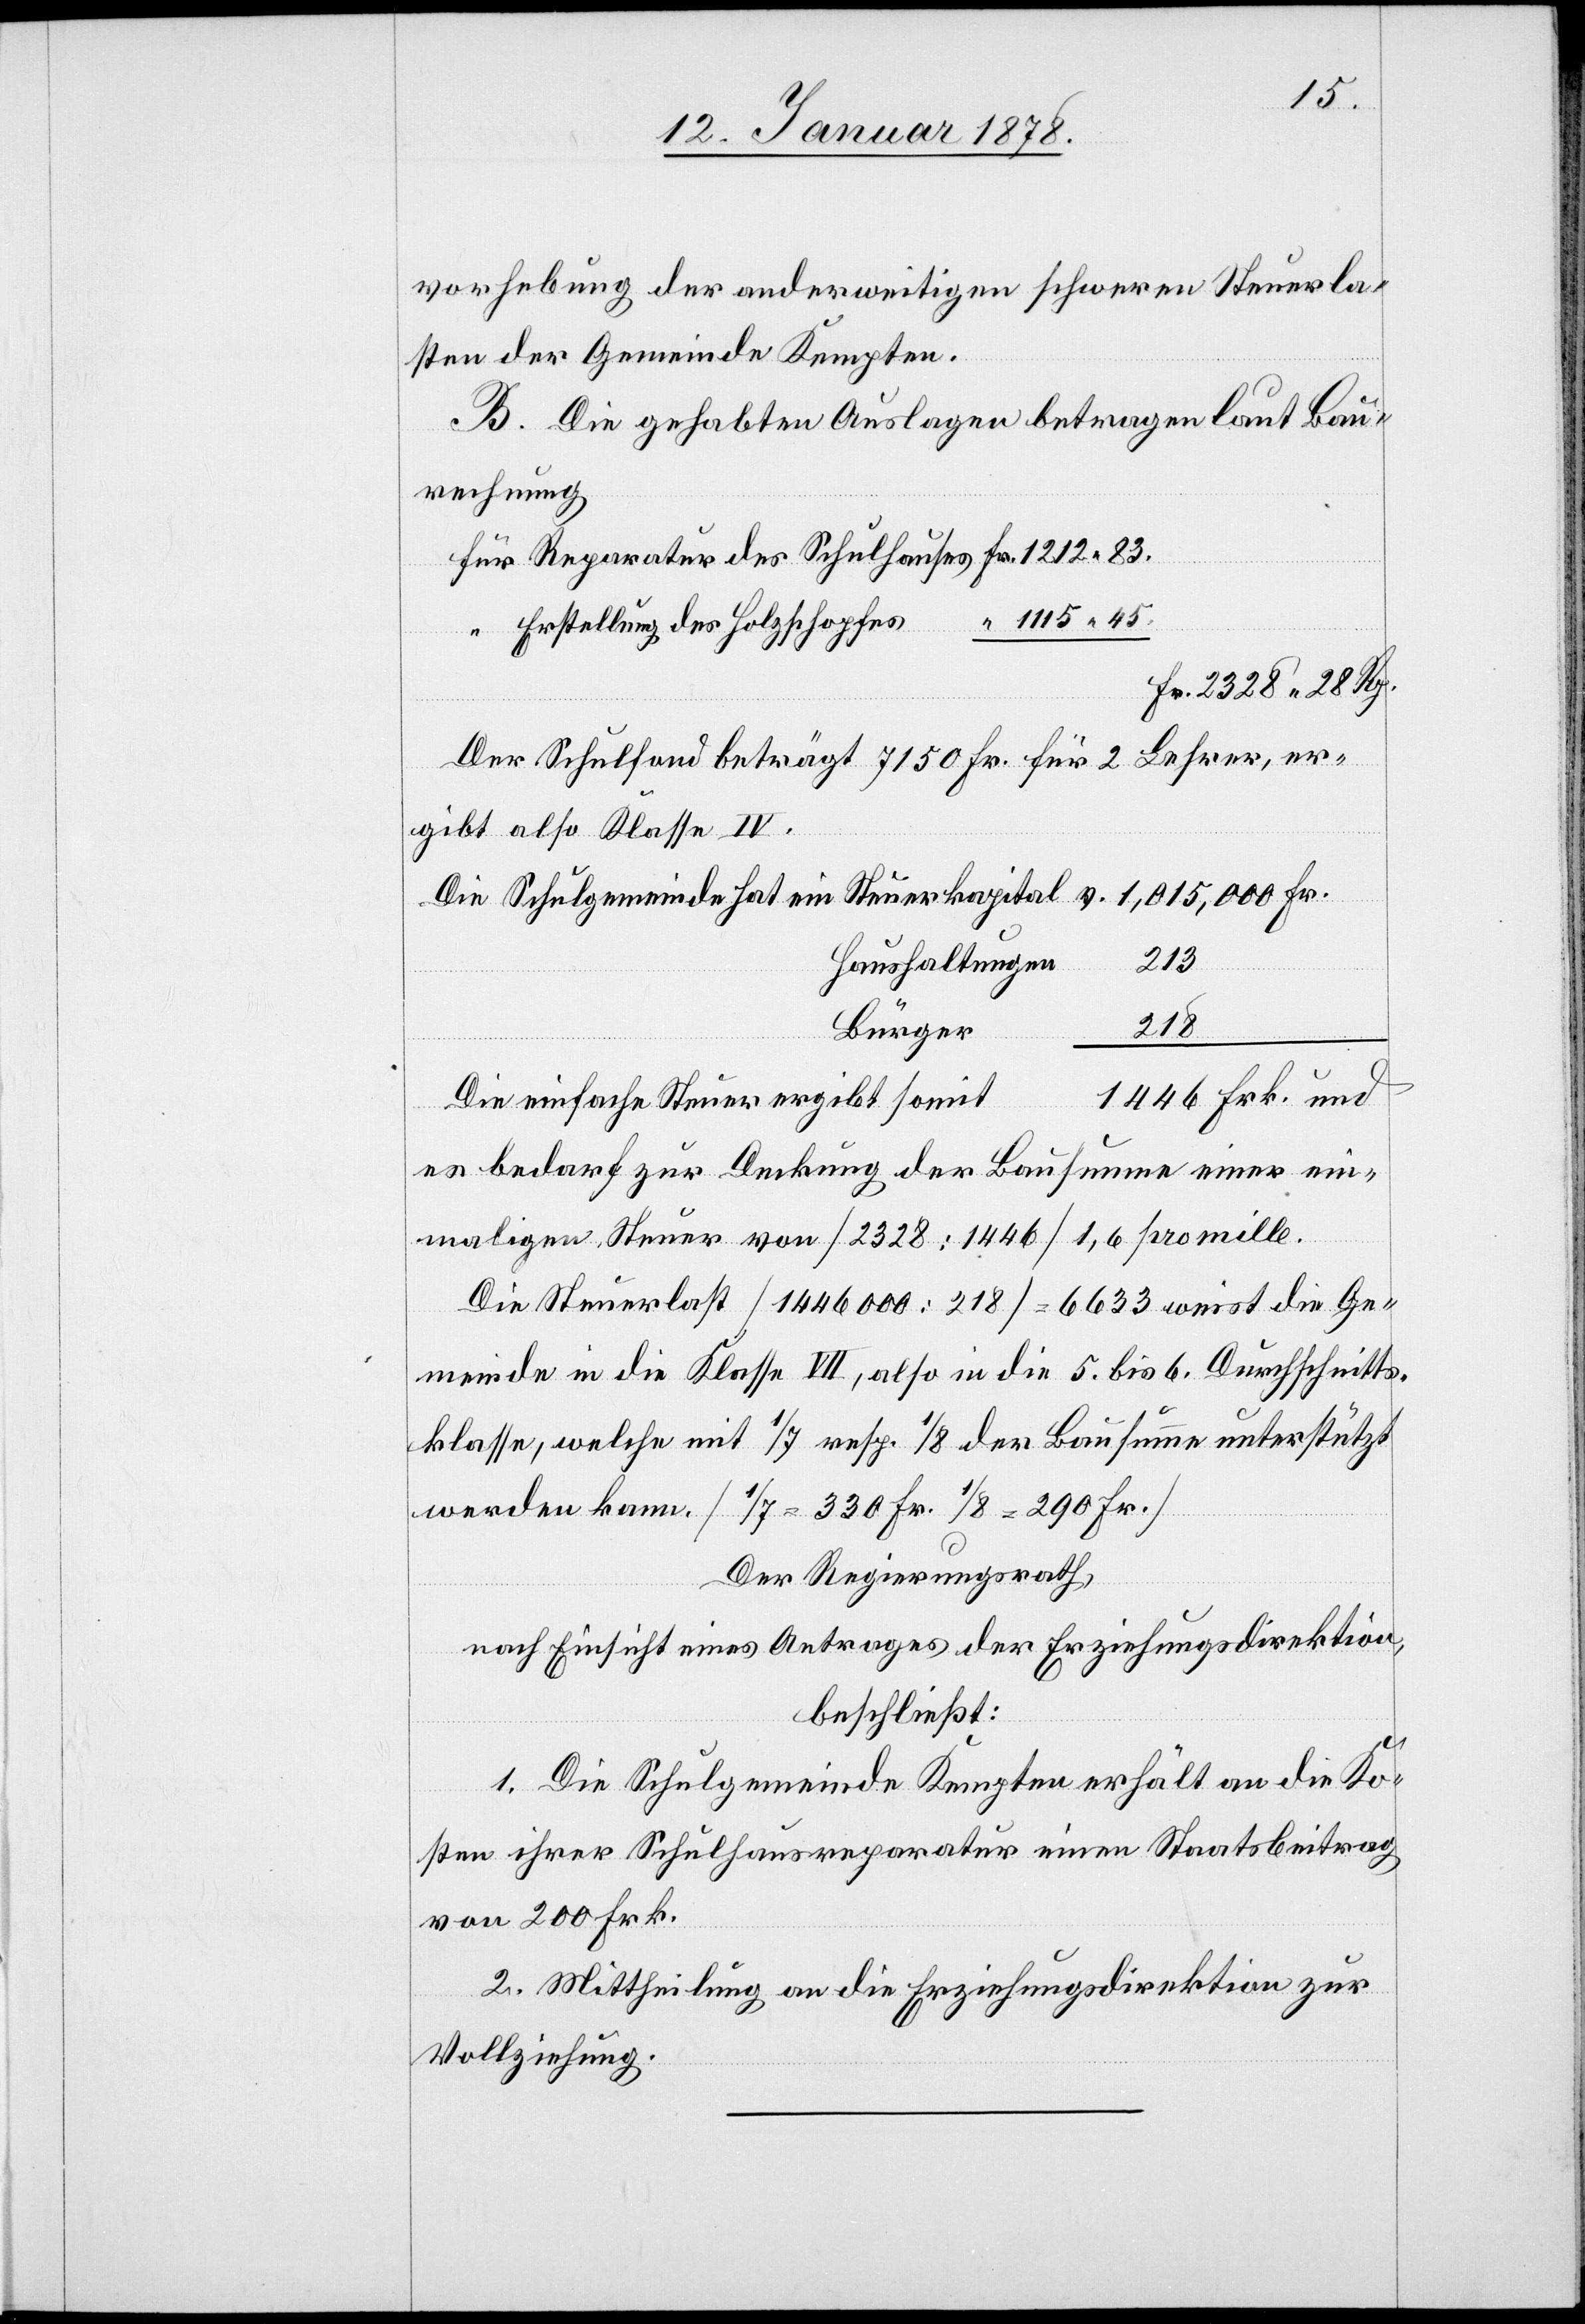
vorhebung der anderweitigen schweren Steuerla¬
sten der Gemeinde Kempten.
B. Die gehabten Auslagen betragen laut Bau¬
rechnung
kan¬
für Reparatur des Schulhauses Fr. 1212.83.
“ Erstellung des Holzschopfes “ 1115.45.
Fr. 2 328. 28 Rp.
Der Schulfond beträgt 7150 Fr. für 2 Lehrer, er¬
gibt also Klasse IV.
Die Schulgemeinde hat ein Steuerkapital v.		1,015,000 Fr.
290
Haushaltungen
446 Frk. und
Die einfache Steuer ergibt somit
es bedarf zur Deckung der Bausumme einer ein¬
maligen Steuer von [2338 : 1 446] 1,6 Promille.
Die Steuerlast [1446000 : 218] = 6633 weist die Ge¬
meinde in die Klasse VII, also in die 5. bis 6. Durchschnitts¬
klasse, welche mit 1/7 resp. 1/8 der Bausumme unterstützt
Der Regierungsrath,
nach Einsicht eines Antrages der Erziehungsdirektion,
beschließt:
1. Die Schulgemeinde Kempten erhält an die Ko¬
sten ihrer Schulhausreparatur einen Staatsbeitrag
von 200 Frk.
Fr.
2. Mittheilung an die Erziehungsdirektion zur
Vollziehung.